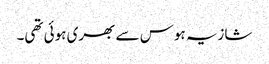
شازیہ ہوس سے بھری ہوئی تھی۔